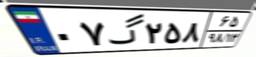
۰۷گ۲۵۸۶۵